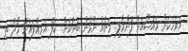
އަވަހަކަށް މައުޟޫއަށް ފުންމާލީ.. މަށެއް ނޫޅެން ބުނާކަށް.. ކަލޭ އަމިއްލައަށް ހޯދާ ތި